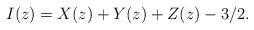
LaTeX: \begin{align*} I(z)=X(z)+Y(z)+Z(z)-3/2.\end{align*}